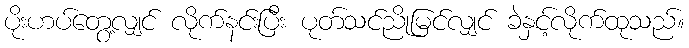
ပိုးဟပ်တွေ့လျှင် လိုက်နင်းပြီး ပုတ်သင်ညိုမြင်လျှင် ခဲနှင့်လိုက်ထုသည်။